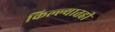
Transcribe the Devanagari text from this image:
किल्ल्यातही